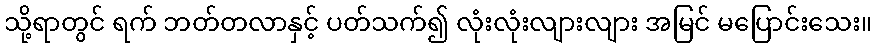
သို့ရာတွင် ရက် ဘတ်တလာနှင့် ပတ်သက်၍ လုံးလုံးလျားလျား အမြင် မပြောင်းသေး။